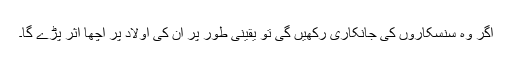
اگر وہ سنسکاروں کی جانکاری رکھیں گی تو یقینی طور پر ان کی اولاد پر اچھا اثر پڑے گا۔